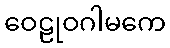
ဝေဠုဝဂါမကေ